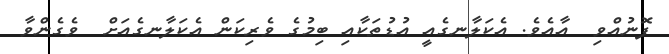
ފޮނުއްވި  އާއެވެ. އެކަލާނގެއީ އުޑުތަކާއި ބިމުގެ ވެރިކަން އެކަލާނގެއަށް  ވެގެންވާ